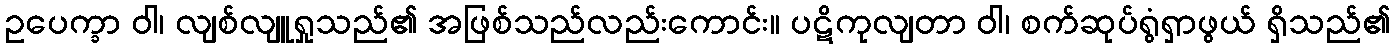
ဥပေက္ခာ ဝါ၊ လျစ်လျူရှုသည်၏ အဖြစ်သည်လည်းကောင်း။ ပဋိကုလျတာ ဝါ၊ စက်ဆုပ်ရွံရှာဖွယ် ရှိသည်၏